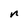
Character: n